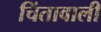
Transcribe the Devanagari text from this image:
चिंतावाली